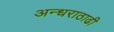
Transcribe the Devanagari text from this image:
अन्धराठाढी